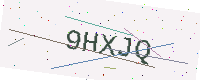
Text: 9HXJQ